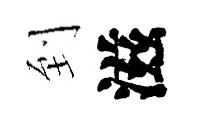
到滋